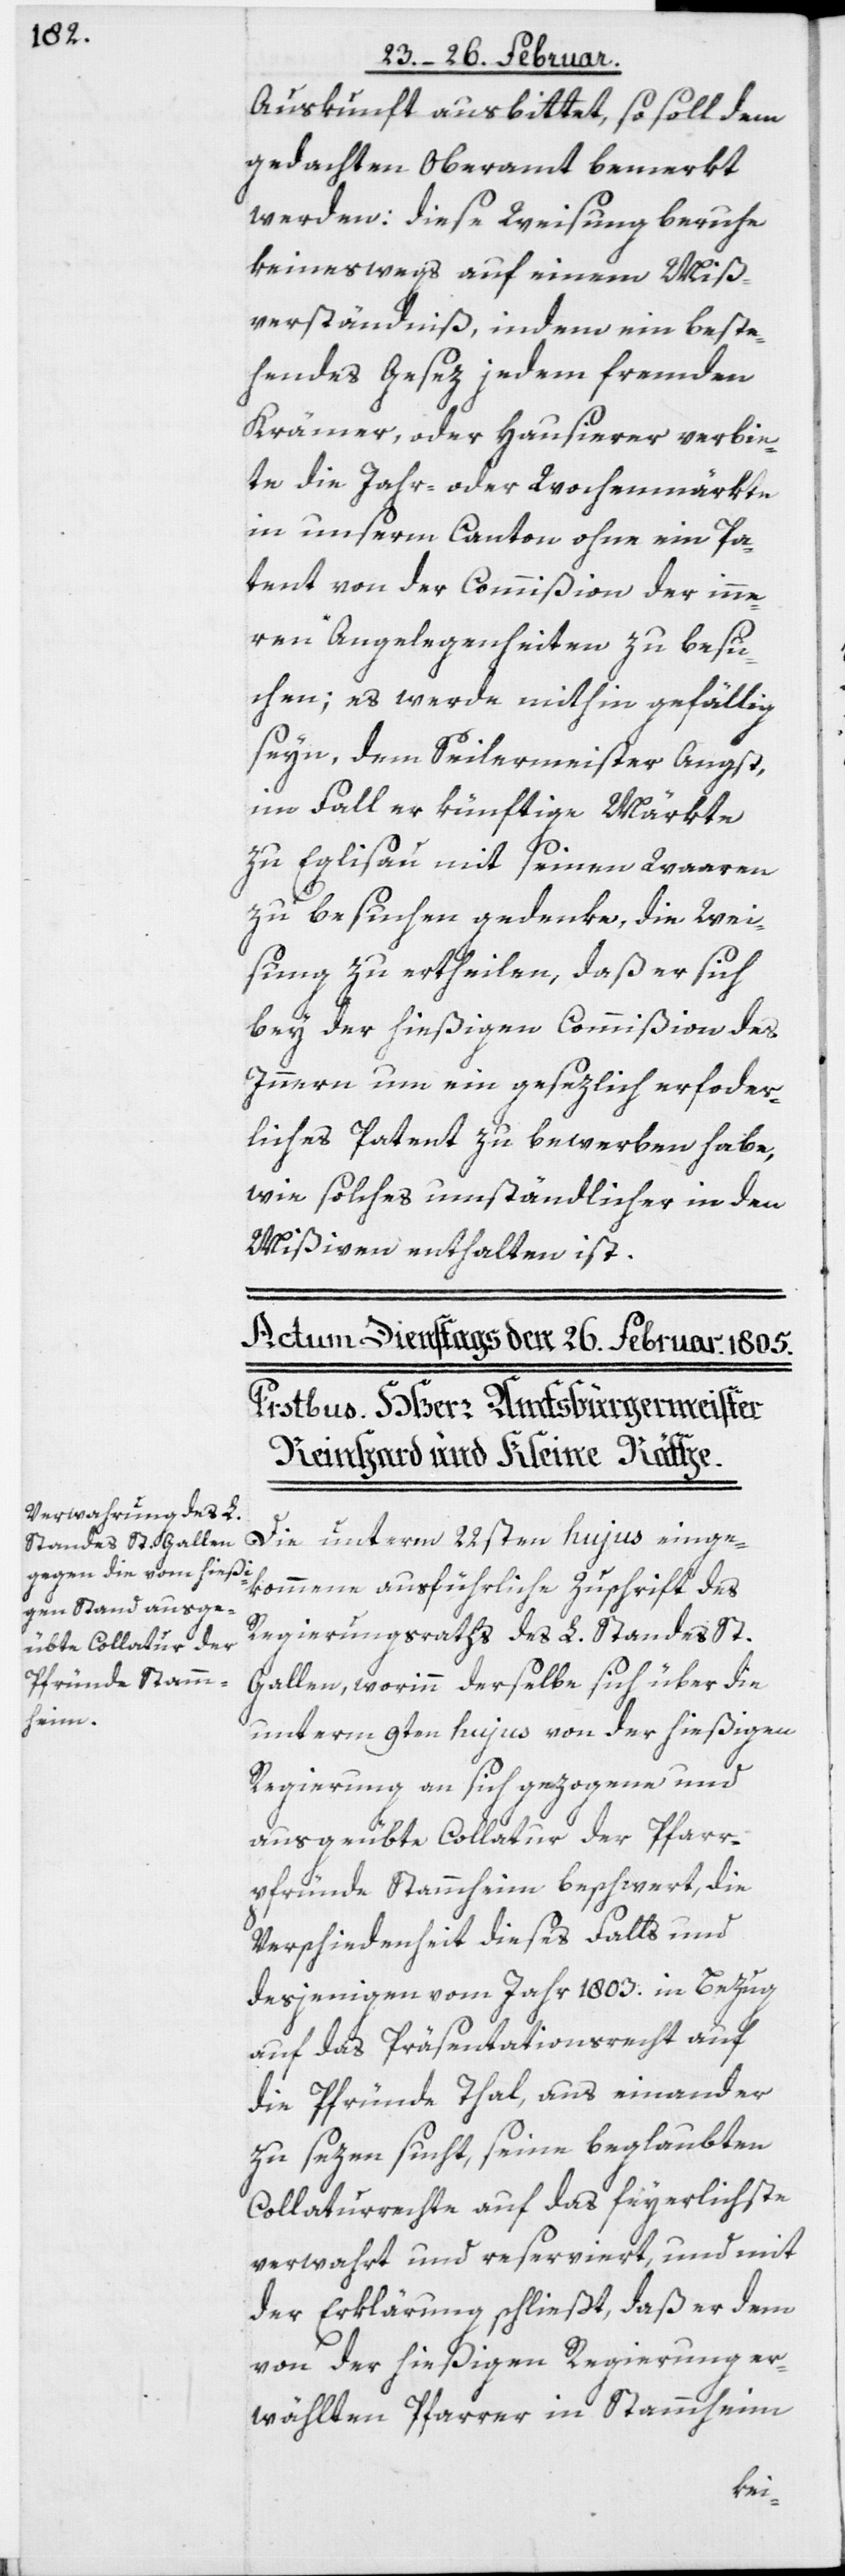
Auskunft ausbittet, so soll dem
gedachten Oberamt bemerkt
werden: diese Weisung beruhe
keineswegs auf einem Miß¬
verständniß, indem ein beste¬
hendes Gesez jedem fremden
Krämer, oder Hausierer verbie¬
te die Jahr- oder Wochenmärkte
in unserm Canton ohne ein Pa¬
tent von der Commißion der inne¬
ren Angelegenheiten zu besu¬
chen; es werde mithin gefällig
seyn, dem Seilermeister Angst,
im Fall er künftige Märkte
zu Eglisau mit seinen Waaren
zu besuchen gedenke, die Wei¬
sung zu ertheilen, daß er sich
bey der hießigen Commißion des
Innern um ein gesezlich erfo[r]der¬
liches Patent zu bewerben habe,
wie solches umständlicher in den
Mißiven enthalten ist.
Die unterm 22sten hujus einge¬
kommene ausführliche Zuschrift des
Regierungsraths des L. Standes St.
Gallen, worinn derselbe sich über die
unterm 9ten hujus von der hießigen
Regierung an sich gezogene und
ausgeübte Collatur der Pfarr¬
pfründe Stammheim beschwert, die
Verschiedenheit dieses Falls und
desjenigen vom Jahr 1803. in Bezug
auf das Präsentationsrecht auf
die Pfründe Thal, aus einander
zu sezen sucht, seine beglaubten
Collaturrechte auf das feyerlichste
verwahrt und reserviert, und mit
der Erklärung schließt, daß er dem
von der hießigen Regierung er¬
wählten Pfarrer in Stammheim